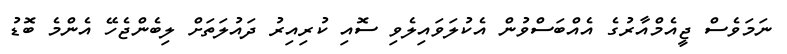
ނަމަވެސް ޖީއެމްއާރުގެ އެއްބަސްވުން އެކުލަވައިލެވި ސޮއި ކުރިއިރު ދައުލަތަށް ލިބެންޖެހޭ އެންމެ ބޮޑު